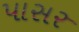
પાસર